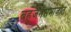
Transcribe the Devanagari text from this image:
बहुजनसमाजात